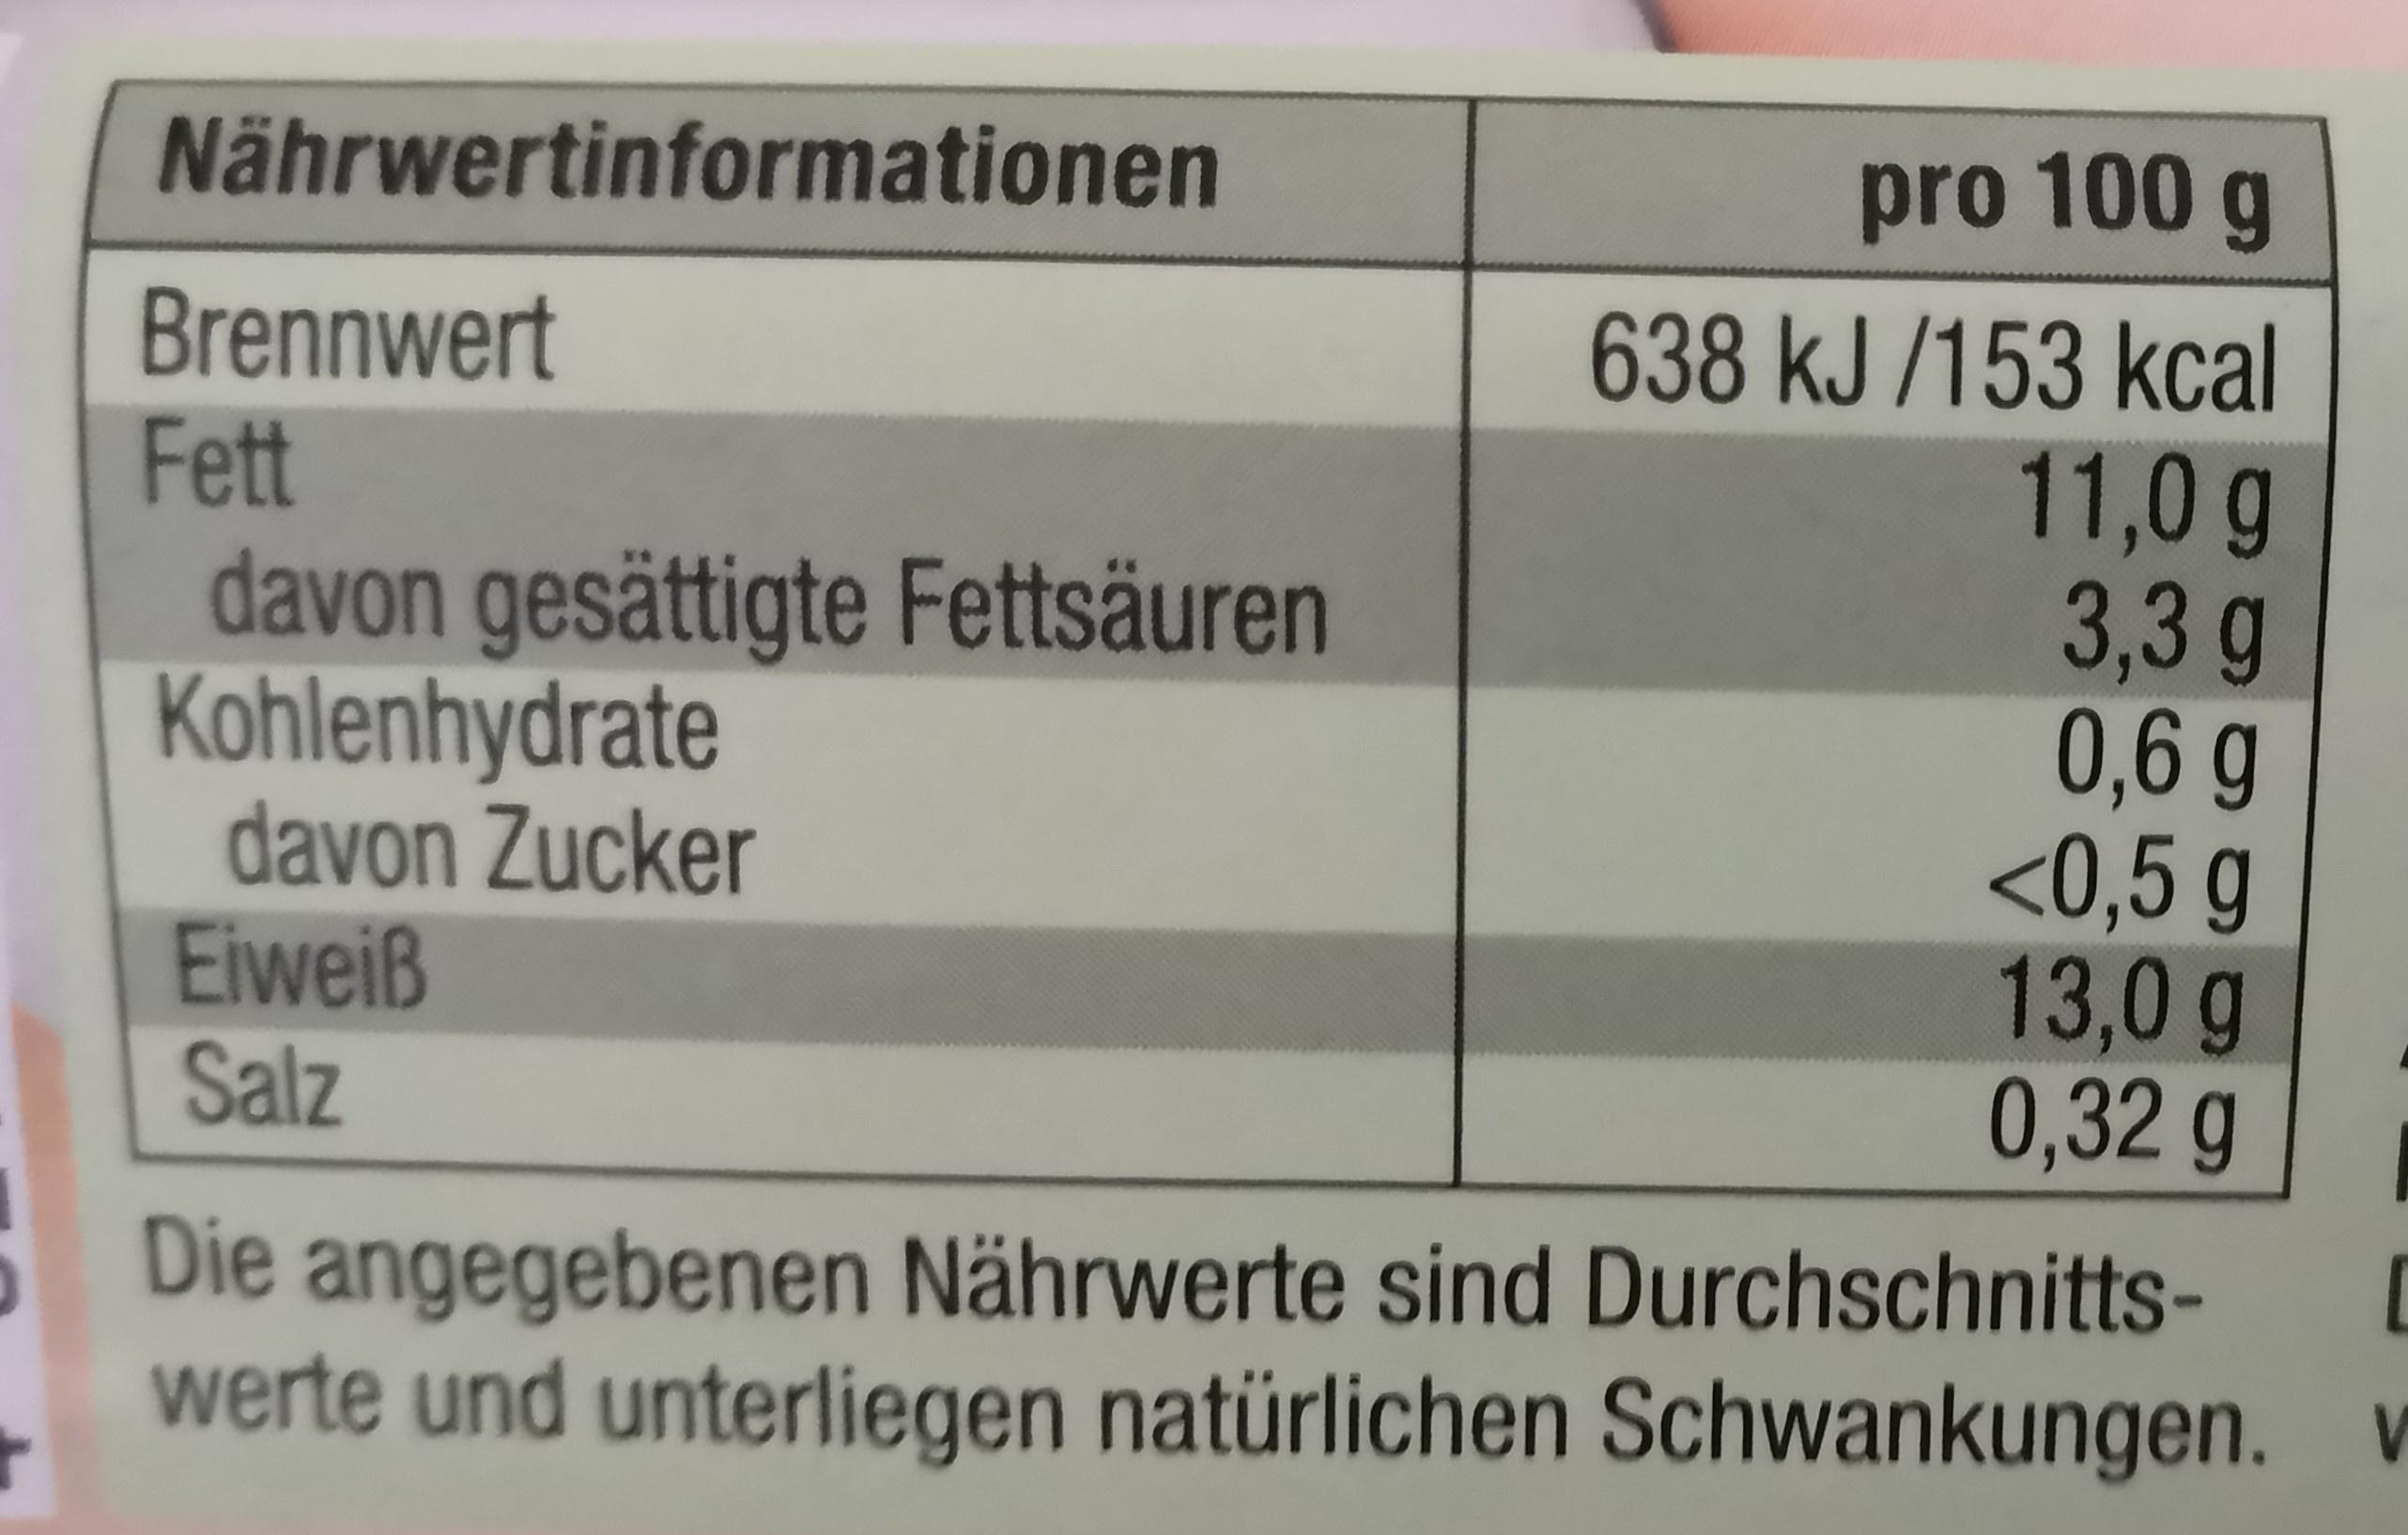
Nährwertinformationen
pro 100 g
Brennwert Fett davon gesättigte Fettsäuren Kohlenhydrate davon Zucker Eiweiß Salz
638 kJ /153 kcal 11,0g 3,3 g 0,6 g <0,5 g 13,0g 0,32 g
Die angegebenen Nährwerte sind Durchschnitts- werte und unterliegen natürlichen Schwankungen. v